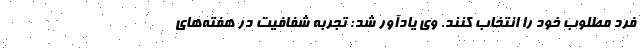
فرد مطلوب خود را انتخاب کنند. وی یادآور شد: تجربه شفافیت در هفته‌های